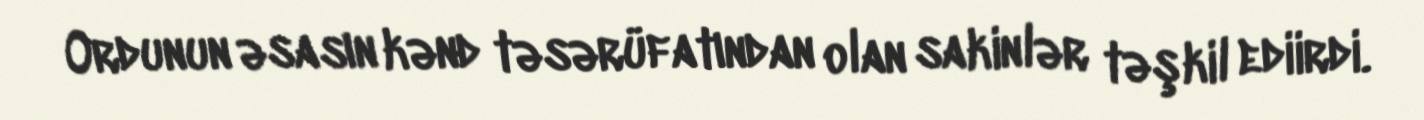
Ordunun əsasın kənd təsərüfatından olan sakinlər təşkil ediirdi.